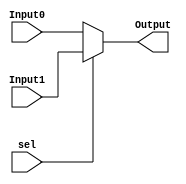
module mux(Input0,Input1,sel,Output
    );

    input wire[63:0] Input0;
    input wire[63:0] Input1;
    input sel;
    output reg[63:0] Output;
    
    
    always @(sel or Input0 or Input1)
    begin
        if(sel == 0) 
            Output = Input0; 
        else
            Output = Input1;  
    end
    
endmodule